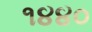
૧૪૪૦